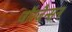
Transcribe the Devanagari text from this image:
जॉरजैन्सन